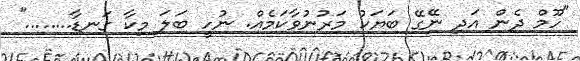
"ހޫމް ދެން އަދި ނޭގޭ ބަޔަކު މަރުނުވާކަމެއް. ނުހީ ބަލަ މިކާ ގަނޑާ........"